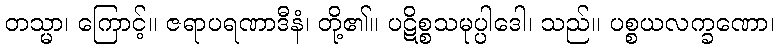
တသ္မာ၊ ကြောင့်။ ဇရာပရဏာဒီနံ၊ တို့၏။ ပဋိစ္စသမုပ္ပါဒေါ၊ သည်။ ပစ္စယလက္ခဏော၊